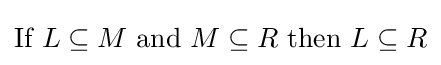
{\textstyle {\text{If }}L\subseteq M{\text{ and }}M\subseteq R{\text{ then }}L\subseteq R}